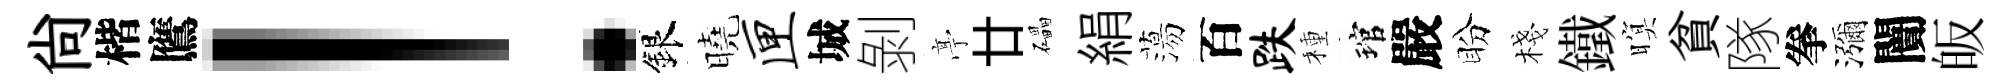
尙楷鷹！銀曉匣城剝𠅘廿礧絹蕩百跌種琯嚴盼棧鐵暝貧隊拳瀰闠皈